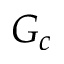
G _ { c }